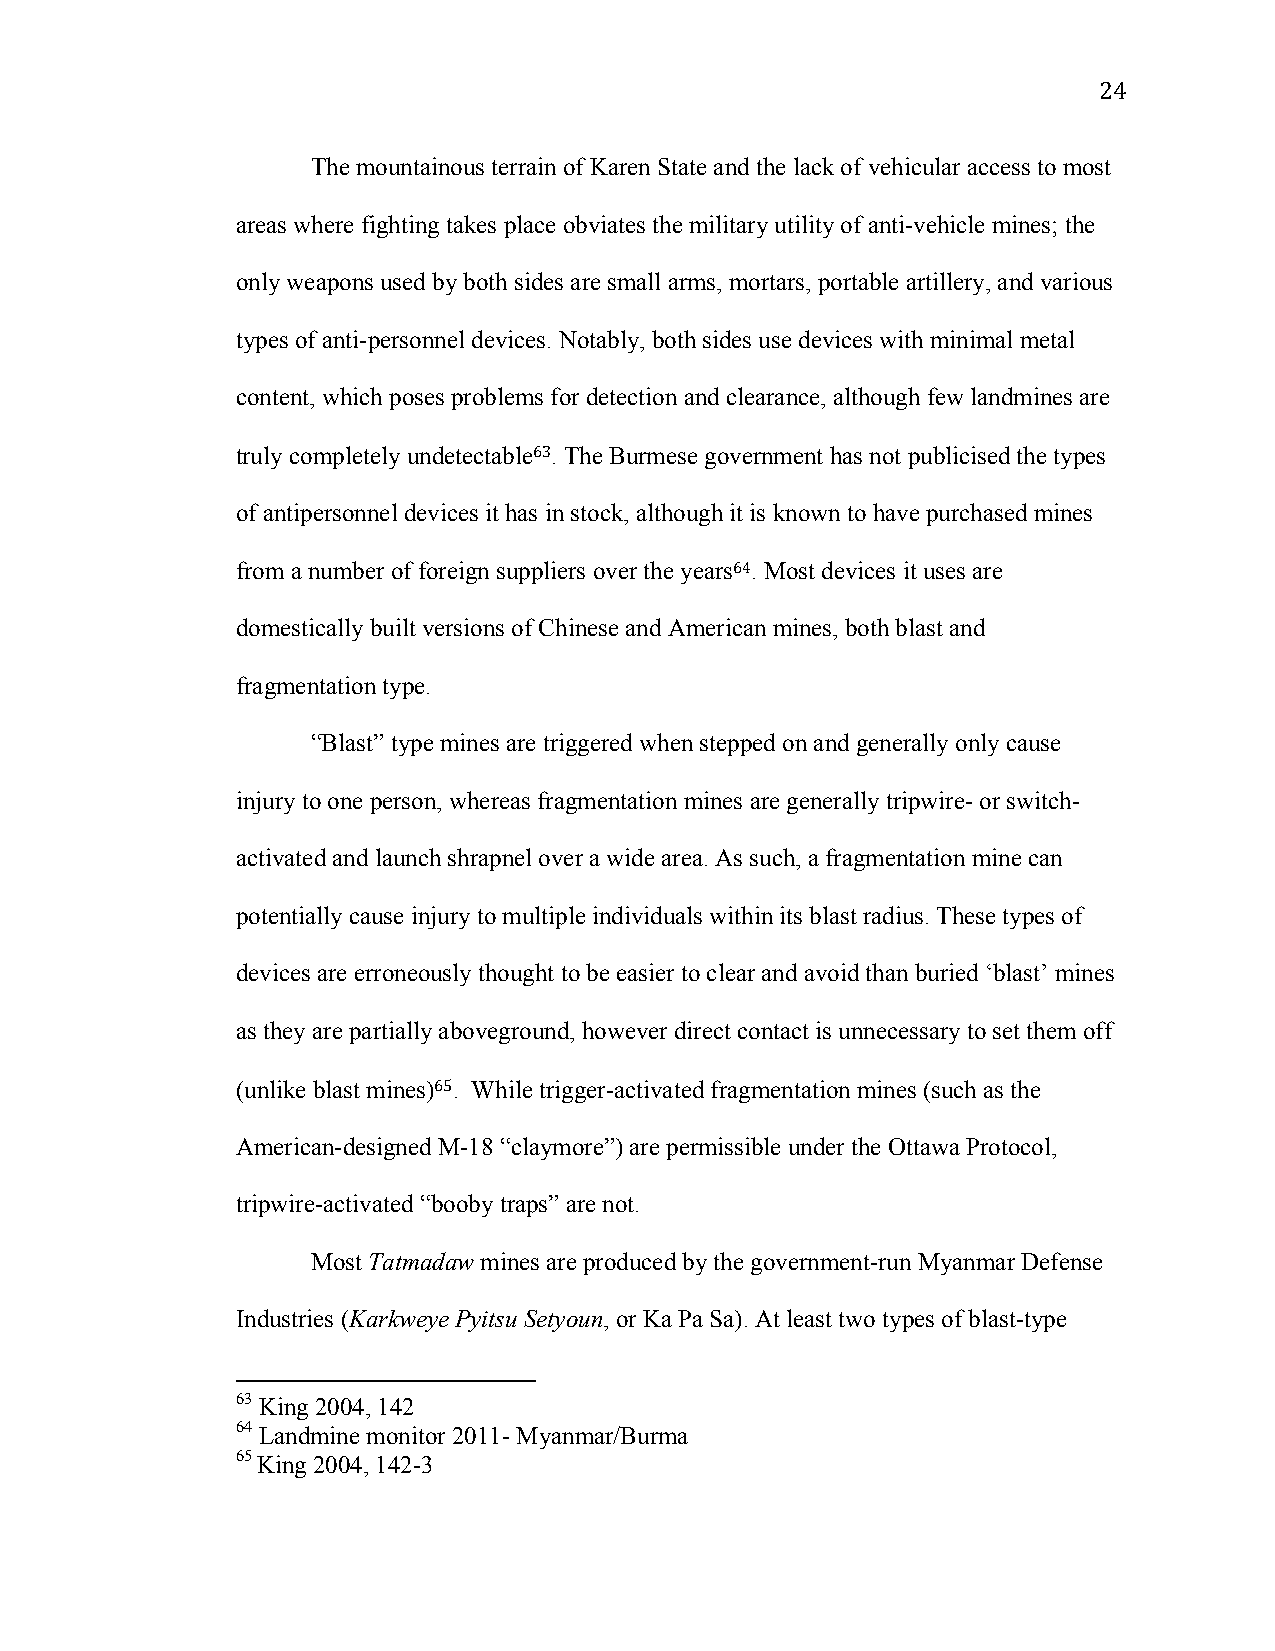
24
 The mountainous terrain of Karen State and the lack of vehicular access to most
 areas where fighting takes place obviates the military utility of anti-vehicle mines; the
 only weapons used by both sides are small arms, mortars, portable artillery, and various
 types of anti-personnel devices. Notably, both sides use devices with minimal metal
 content, which poses problems for detection and clearance, although few landmines are
 truly completely undetectable63. The Burmese government has not publicised the types
 of antipersonnel devices it has in stock, although it is known to have purchased mines
 from a number of foreign suppliers over the years64. Most devices it uses are
 domestically built versions of Chinese and American mines, both blast and
 fragmentation type.
 “Blast” type mines are triggered when stepped on and generally only cause
 injury to one person, whereas fragmentation mines are generally tripwire- or switch-
 activated and launch shrapnel over a wide area. As such, a fragmentation mine can
 potentially cause injury to multiple individuals within its blast radius. These types of
 devices are erroneously thought to be easier to clear and avoid than buried ‘blast’ mines
 as they are partially aboveground, however direct contact is unnecessary to set them off
 (unlike blast mines)65. While trigger-activated fragmentation mines (such as the
 American-designed M-18 “claymore”) are permissible under the Ottawa Protocol,
 tripwire-activated “booby traps” are not.
 Most Tatmadaw mines are produced by the government-run Myanmar Defense
 Industries (Karkweye Pyitsu Setyoun, or Ka Pa Sa). At least two types of blast-type
 63 King 2004, 142
 64 Landmine monitor 2011- Myanmar/Burma
 65 King 2004, 142-3